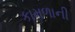
કામળાની